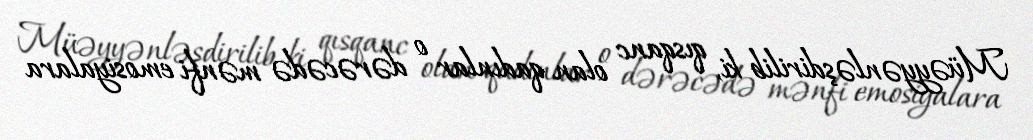
Müəyyənləşdirilib ki, qısqanc olan qadınlar o dərəcədə mənfi emosiyalara